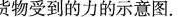
货物受到的力的示意图。